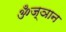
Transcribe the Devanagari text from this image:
ॐज्ञान